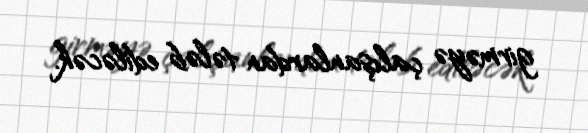
girməyə çalışanlardan tələb ediləcək.